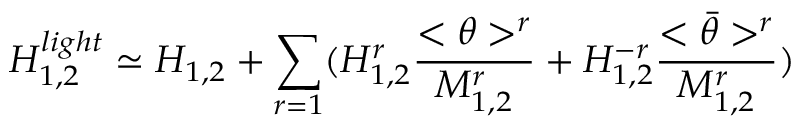
H _ { 1 , 2 } ^ { l i g h t } \simeq H _ { 1 , 2 } + \sum _ { r = 1 } ( H _ { 1 , 2 } ^ { r } \frac { < \theta > ^ { r } } { M _ { 1 , 2 } ^ { r } } + H _ { 1 , 2 } ^ { - r } \frac { < \bar { \theta } > ^ { r } } { M _ { 1 , 2 } ^ { r } } )